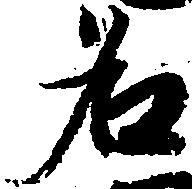
名